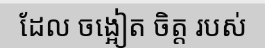
ដែល ចង្អៀត ចិត្ត របស់